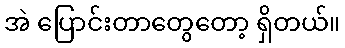
အဲ ပြောင်းတာတွေတော့ ရှိတယ်။